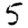
Digit: 5